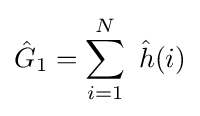
{\hat {G}}_{1}=\sum _{i=1}^{N}\ {\hat {h}}(i)